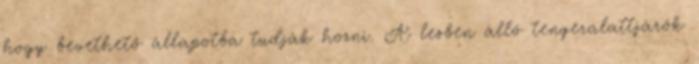
hogy bevethető állapotba tudják hozni. A lesben álló tengeralattjárók